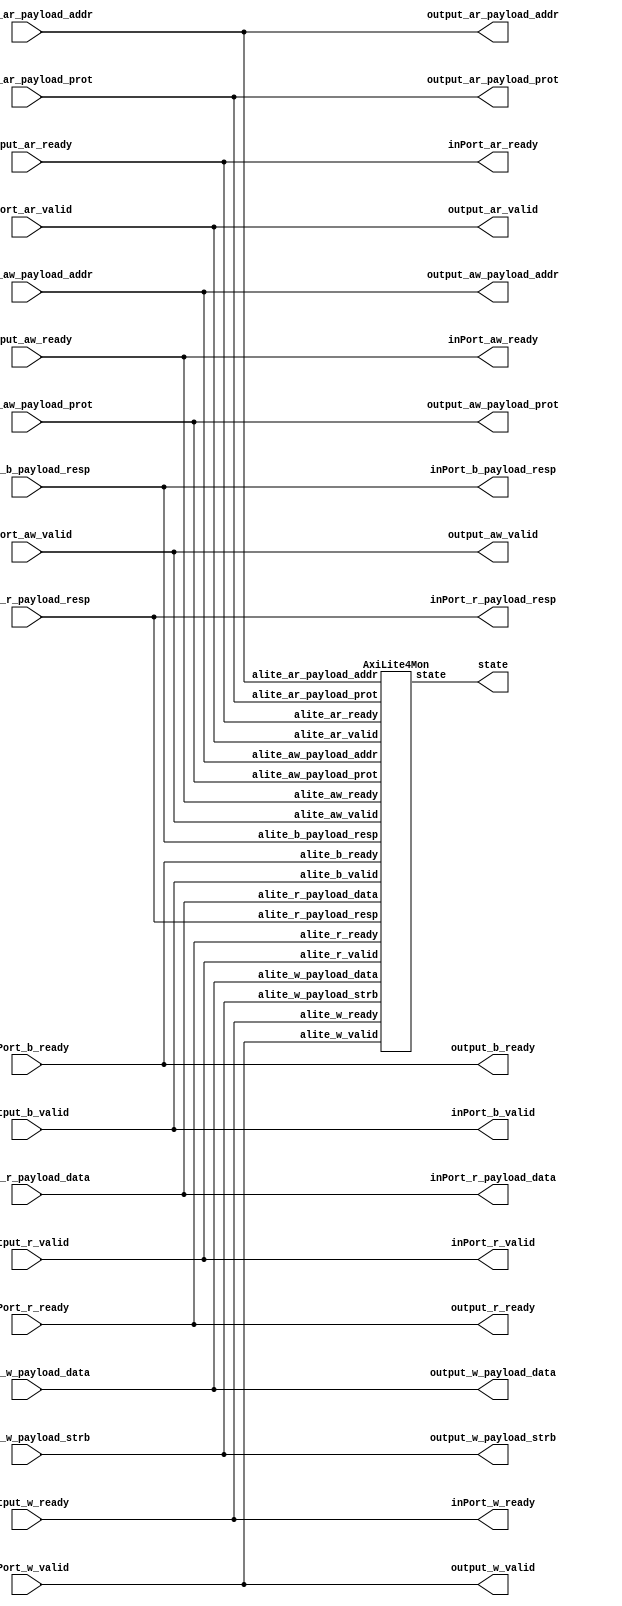
// Generator : SpinalHDL v1.7.2    git head : 08fc866bebdc40c471ebe327bface63e34406489
// Component : Bundle_1
// Git hash  : 23d564a3e9d4d768c2cb1641ec7dc2becc0d2602

`timescale 1ns/1ps

module Bundle_1 (
  input               inPort_aw_valid,
  output              inPort_aw_ready,
  input      [31:0]   inPort_aw_payload_addr,
  input      [2:0]    inPort_aw_payload_prot,
  input               inPort_w_valid,
  output              inPort_w_ready,
  input      [31:0]   inPort_w_payload_data,
  input      [3:0]    inPort_w_payload_strb,
  output              inPort_b_valid,
  input               inPort_b_ready,
  output     [1:0]    inPort_b_payload_resp,
  input               inPort_ar_valid,
  output              inPort_ar_ready,
  input      [31:0]   inPort_ar_payload_addr,
  input      [2:0]    inPort_ar_payload_prot,
  output              inPort_r_valid,
  input               inPort_r_ready,
  output     [31:0]   inPort_r_payload_data,
  output     [1:0]    inPort_r_payload_resp,
  output              output_aw_valid,
  input               output_aw_ready,
  output     [31:0]   output_aw_payload_addr,
  output     [2:0]    output_aw_payload_prot,
  output              output_w_valid,
  input               output_w_ready,
  output     [31:0]   output_w_payload_data,
  output     [3:0]    output_w_payload_strb,
  input               output_b_valid,
  output              output_b_ready,
  input      [1:0]    output_b_payload_resp,
  output              output_ar_valid,
  input               output_ar_ready,
  output     [31:0]   output_ar_payload_addr,
  output     [2:0]    output_ar_payload_prot,
  input               output_r_valid,
  output              output_r_ready,
  input      [31:0]   output_r_payload_data,
  input      [1:0]    output_r_payload_resp,
  output     [4:0]    state
);

  wire       [4:0]    aliteMon_state;

  AxiLite4Mon aliteMon (
    .alite_aw_valid        (inPort_aw_valid             ), //i
    .alite_aw_ready        (inPort_aw_ready             ), //i
    .alite_aw_payload_addr (inPort_aw_payload_addr[31:0]), //i
    .alite_aw_payload_prot (inPort_aw_payload_prot[2:0] ), //i
    .alite_w_valid         (inPort_w_valid              ), //i
    .alite_w_ready         (inPort_w_ready              ), //i
    .alite_w_payload_data  (inPort_w_payload_data[31:0] ), //i
    .alite_w_payload_strb  (inPort_w_payload_strb[3:0]  ), //i
    .alite_b_valid         (inPort_b_valid              ), //i
    .alite_b_ready         (inPort_b_ready              ), //i
    .alite_b_payload_resp  (inPort_b_payload_resp[1:0]  ), //i
    .alite_ar_valid        (inPort_ar_valid             ), //i
    .alite_ar_ready        (inPort_ar_ready             ), //i
    .alite_ar_payload_addr (inPort_ar_payload_addr[31:0]), //i
    .alite_ar_payload_prot (inPort_ar_payload_prot[2:0] ), //i
    .alite_r_valid         (inPort_r_valid              ), //i
    .alite_r_ready         (inPort_r_ready              ), //i
    .alite_r_payload_data  (inPort_r_payload_data[31:0] ), //i
    .alite_r_payload_resp  (inPort_r_payload_resp[1:0]  ), //i
    .state                 (aliteMon_state[4:0]         )  //o
  );
  assign output_aw_valid = inPort_aw_valid;
  assign inPort_aw_ready = output_aw_ready;
  assign output_aw_payload_addr = inPort_aw_payload_addr;
  assign output_aw_payload_prot = inPort_aw_payload_prot;
  assign output_w_valid = inPort_w_valid;
  assign inPort_w_ready = output_w_ready;
  assign output_w_payload_data = inPort_w_payload_data;
  assign output_w_payload_strb = inPort_w_payload_strb;
  assign inPort_b_valid = output_b_valid;
  assign output_b_ready = inPort_b_ready;
  assign inPort_b_payload_resp = output_b_payload_resp;
  assign output_ar_valid = inPort_ar_valid;
  assign inPort_ar_ready = output_ar_ready;
  assign output_ar_payload_addr = inPort_ar_payload_addr;
  assign output_ar_payload_prot = inPort_ar_payload_prot;
  assign inPort_r_valid = output_r_valid;
  assign output_r_ready = inPort_r_ready;
  assign inPort_r_payload_data = output_r_payload_data;
  assign inPort_r_payload_resp = output_r_payload_resp;
  assign state = aliteMon_state;

endmodule

module AxiLite4Mon (
  input               alite_aw_valid,
  input               alite_aw_ready,
  input      [31:0]   alite_aw_payload_addr,
  input      [2:0]    alite_aw_payload_prot,
  input               alite_w_valid,
  input               alite_w_ready,
  input      [31:0]   alite_w_payload_data,
  input      [3:0]    alite_w_payload_strb,
  input               alite_b_valid,
  input               alite_b_ready,
  input      [1:0]    alite_b_payload_resp,
  input               alite_ar_valid,
  input               alite_ar_ready,
  input      [31:0]   alite_ar_payload_addr,
  input      [2:0]    alite_ar_payload_prot,
  input               alite_r_valid,
  input               alite_r_ready,
  input      [31:0]   alite_r_payload_data,
  input      [1:0]    alite_r_payload_resp,
  output     [4:0]    state
);

  wire                alite_aw_fire;
  wire                alite_w_fire;
  wire                alite_b_fire;
  wire                alite_ar_fire;
  wire                alite_r_fire;

  assign alite_aw_fire = (alite_aw_valid && alite_aw_ready);
  assign alite_w_fire = (alite_w_valid && alite_w_ready);
  assign alite_b_fire = (alite_b_valid && alite_b_ready);
  assign alite_ar_fire = (alite_ar_valid && alite_ar_ready);
  assign alite_r_fire = (alite_r_valid && alite_r_ready);
  assign state = {{{{alite_aw_fire,alite_w_fire},alite_b_fire},alite_ar_fire},alite_r_fire};

endmodule